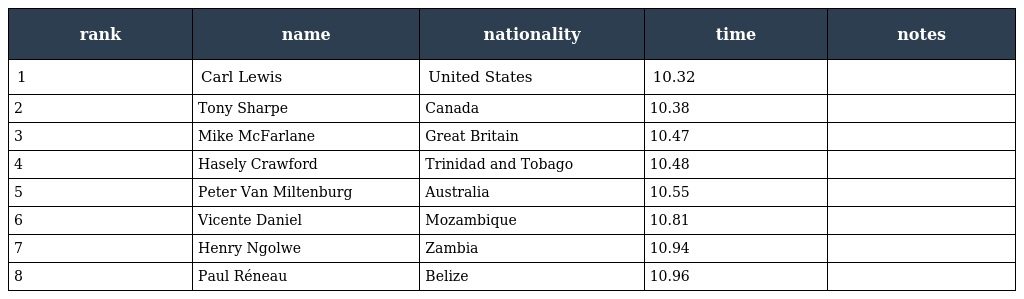
| rank | name | nationality | time | notes |
 | --- | --- | --- | --- | --- |
 | 1 | Carl Lewis | United States | 10.32 |  |
 | 2 | Tony Sharpe | Canada | 10.38 |  |
 | 3 | Mike McFarlane | Great Britain | 10.47 |  |
 | 4 | Hasely Crawford | Trinidad and Tobago | 10.48 |  |
 | 5 | Peter Van Miltenburg | Australia | 10.55 |  |
 | 6 | Vicente Daniel | Mozambique | 10.81 |  |
 | 7 | Henry Ngolwe | Zambia | 10.94 |  |
 | 8 | Paul Réneau | Belize | 10.96 |  |